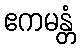
ဧကမန္တံ